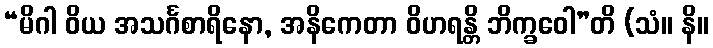
“မိဂါ ဝိယ အသင်္ဂစာရိနော, အနိကေတာ ဝိဟရန္တိ ဘိက္ခဝေါ”တိ (သံ။ နိ။